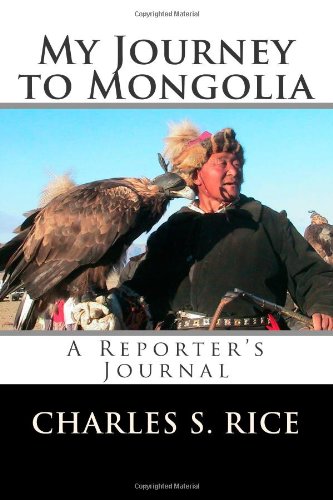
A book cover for My Journey to Mongolia: A Reporter's Journal; Charles S Rice; Travel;